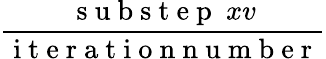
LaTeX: \frac{\mathrm{~s~u~b~s~t~e~p~}\ xv}{\mathrm{~i~t~e~r~a~t~i~o~n~n~u~m~b~e~r~}}